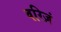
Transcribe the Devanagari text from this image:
वरिज़ं